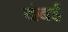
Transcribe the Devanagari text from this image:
बंबर्इ